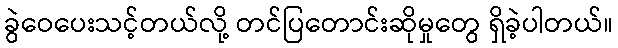
ခွဲဝေပေးသင့်တယ်လို့ တင်ပြတောင်းဆိုမှုတွေ ရှိခဲ့ပါတယ်။